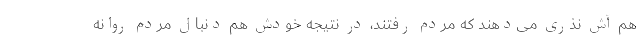
هم آش نذری می‌دهند که مردم رفتند، در نتیجه خودش هم دنبال مردم روانه